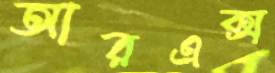
আরএক্স